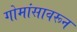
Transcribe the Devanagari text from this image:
गोमांसावरून